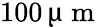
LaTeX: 100\, \upmu\mathrm{~m~}